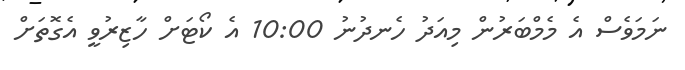
ނަމަވެސް އެ މެމްބަރުން މިއަދު ހެނދުނު 10:00 އެ ކޯޓަށް ހާޒިރުވީ އެގޮތަށް